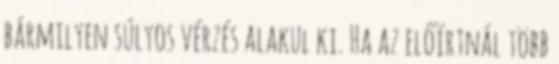
bármilyen súlyos vérzés alakul ki. Ha az előírtnál több